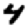
Digit: 4